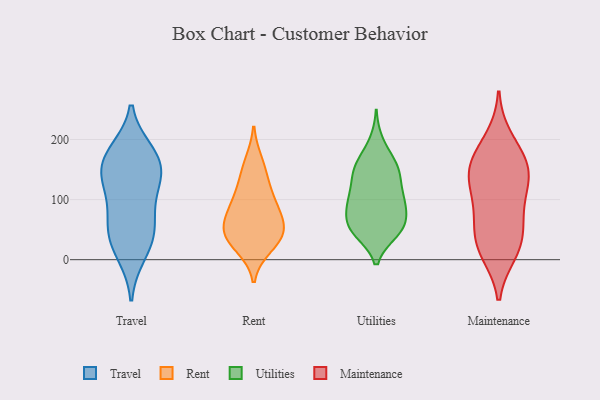
{"axis": {"x": "Net Income (USD K)", "y": "Value"}, "legend": ["Maintenance", "Rent", "Travel", "Utilities"], "data": [{"x": "", "y": 121, "type": "Travel"}, {"x": "", "y": 167, "type": "Travel"}, {"x": "", "y": 47, "type": "Travel"}, {"x": "", "y": 26, "type": "Travel"}, {"x": "", "y": 158, "type": "Travel"}, {"x": "", "y": 171, "type": "Travel"}, {"x": "", "y": 134, "type": "Travel"}, {"x": "", "y": 61, "type": "Travel"}, {"x": "", "y": 123, "type": "Travel"}, {"x": "", "y": 179, "type": "Travel"}, {"x": "", "y": 65, "type": "Travel"}, {"x": "", "y": 10, "type": "Travel"}, {"x": "", "y": 110, "type": "Rent"}, {"x": "", "y": 139, "type": "Rent"}, {"x": "", "y": 87, "type": "Rent"}, {"x": "", "y": 64, "type": "Rent"}, {"x": "", "y": 39, "type": "Rent"}, {"x": "", "y": 22, "type": "Rent"}, {"x": "", "y": 37, "type": "Rent"}, {"x": "", "y": 162, "type": "Rent"}, {"x": "", "y": 90, "type": "Rent"}, {"x": "", "y": 56, "type": "Rent"}, {"x": "", "y": 41, "type": "Rent"}, {"x": "", "y": 48, "type": "Utilities"}, {"x": "", "y": 149, "type": "Utilities"}, {"x": "", "y": 142, "type": "Utilities"}, {"x": "", "y": 149, "type": "Utilities"}, {"x": "", "y": 93, "type": "Utilities"}, {"x": "", "y": 54, "type": "Utilities"}, {"x": "", "y": 96, "type": "Utilities"}, {"x": "", "y": 50, "type": "Utilities"}, {"x": "", "y": 69, "type": "Utilities"}, {"x": "", "y": 163, "type": "Utilities"}, {"x": "", "y": 50, "type": "Utilities"}, {"x": "", "y": 93, "type": "Utilities"}, {"x": "", "y": 113, "type": "Utilities"}, {"x": "", "y": 60, "type": "Utilities"}, {"x": "", "y": 196, "type": "Utilities"}, {"x": "", "y": 103, "type": "Utilities"}, {"x": "", "y": 163, "type": "Utilities"}, {"x": "", "y": 94, "type": "Utilities"}, {"x": "", "y": 46, "type": "Utilities"}, {"x": "", "y": 136, "type": "Utilities"}, {"x": "", "y": 126, "type": "Maintenance"}, {"x": "", "y": 13, "type": "Maintenance"}, {"x": "", "y": 152, "type": "Maintenance"}, {"x": "", "y": 166, "type": "Maintenance"}, {"x": "", "y": 165, "type": "Maintenance"}, {"x": "", "y": 123, "type": "Maintenance"}, {"x": "", "y": 46, "type": "Maintenance"}, {"x": "", "y": 142, "type": "Maintenance"}, {"x": "", "y": 82, "type": "Maintenance"}, {"x": "", "y": 200, "type": "Maintenance"}, {"x": "", "y": 25, "type": "Maintenance"}, {"x": "", "y": 75, "type": "Maintenance"}, {"x": "", "y": 21, "type": "Maintenance"}]}